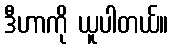
ဒီဟာကို ယူပါတယ်။